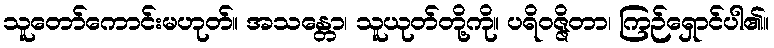
သူတော်ကောင်းမဟုတ်။ အသန္တော၊ သူယုတ်တို့ကို။ ပရိဝဇ္ဇိတာ၊ ကြဉ်ရှောင်ပါ၏။